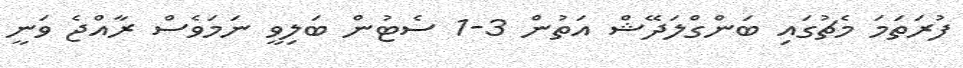
ފުރަތަމަ މެޗުގައި ބަންގްލަދޭޝް އަތުން 3-1 ސެޓުން ބަލިވީ ނަމަވެސް ރާއްޖެ ވަނީ